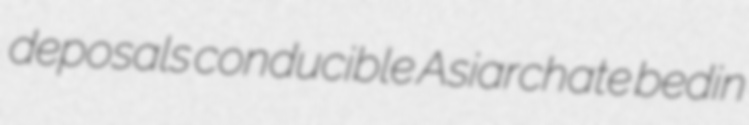
deposals conducible Asiarchate bedin